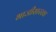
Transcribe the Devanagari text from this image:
भाजीसारखा